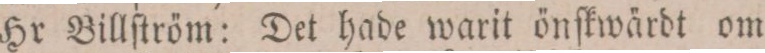
Hr Billſtröm: Det hade warit önſkwärdt om